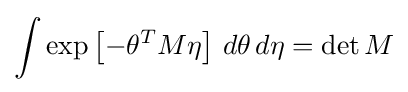
\int \exp \left[-\theta ^{T}M\eta \right]\,d\theta \,d\eta =\det M